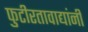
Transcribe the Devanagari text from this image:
फुटीरतावाद्यांनी